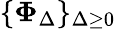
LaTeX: \{ {\mathbf\Phi}_{\Delta}\} _{\Delta\ge 0}